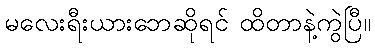
မလေးရီးယားဘေဆိုရင် ထိတာနဲ့ကွဲပြီ။